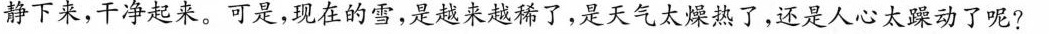
静下来，干净起来，可是，现在的雪，是越来越稀了，是天气太燥热了，还是人心太躁动了呢?